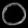
Digit: ၀